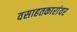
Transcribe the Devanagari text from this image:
वसाहतकारांवर